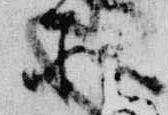
所